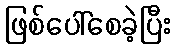
ဖြစ်ပေါ်စေခဲ့ပြီး